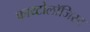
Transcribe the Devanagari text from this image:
फाय्टोलॉजिस्ट